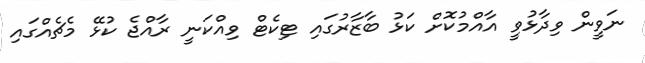
ނަވީން ވިދާޅުވީ އާއްމުކޮށް ކަޅު ބާޒާރުގައި ޓިކެޓް ވިއްކަނީ ރާއްޖެ ކުޅޭ މެޗެއްގައި